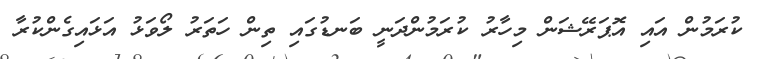
ކުރަމުން އައި އޮޕަރޭޝަން މިހާރު ކުރަމުންދަނީ ބަނޑުގައި ތިން ހަތަރު ލޯވަޅު އަޅައިގެންކުރާ